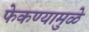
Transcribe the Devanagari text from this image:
फेकण्यामुळे